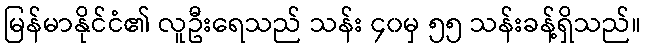
မြန်မာနိုင်ငံ၏ လူဦးရေသည် သန်း ၄၀မှ ၅၅ သန်းခန့်ရှိသည်။